Preliminary report on a parasite found in persons suffering from enlargement of the spleen in India - Number 8
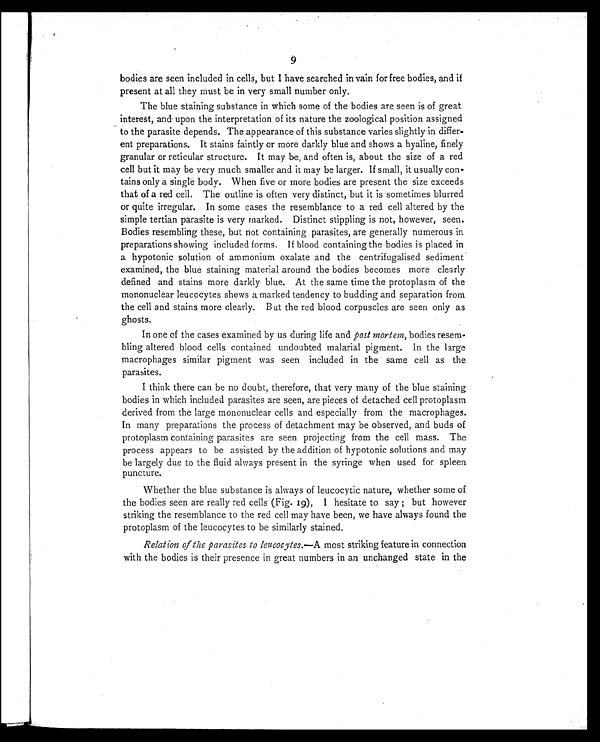
bodies are seen included in cells, but I have searched in vain for free bodies, and if
present at all they must be in very small number only.
The blue staining substance in which some of the bodies are seen is of great
interest, and upon the interpretation of its nature the zoological position assigned
to the parasite depends. The appearance of this substance varies slightly in differ-
ent preparations. It stains faintly or more darkly blue and shows a hyaline, finely
granular or reticular structure. It may be, and often is, about the size of a red
cell but it may be very much smaller and it may be larger. If small, it usually con-
tains only a single body. When five or more bodies are present the size exceeds
that of a red cell. The outline is often very distinct, but it is sometimes blurred
or quite irregular. In some cases the resemblance to a red cell altered by the
simple tertian parasite is very marked. Distinct stippling is not, however, seen.
Bodies resembling these, but not containing parasites, are generally numerous in
preparations showing included forms. If blood containing the bodies is placed in
a hypotonic solution of ammonium oxalate and the centrifugalised sediment
examined, the blue staining material around the bodies becomes more clearly
defined and stains more darkly blue. At the same time the protoplasm of the
mononuclear leucocytes shews a marked tendency to budding and separation from
the cell and stains more clearly. But the red blood corpuscles are seen only as
ghosts.
In one of the cases examined by us during life and post mortem, bodies resem-
bling altered blood cells contained undoubted malarial pigment. In the large
macrophages similar pigment was seen included in the same cell as the
parasites.
I think there can be no doubt, therefore, that very many of the blue staining
bodies in which included parasites are seen, are pieces of detached cell protoplasm
derived from the large mononuclear cells and especially from the macrophages.
In many preparations the process of detachment may be observed, and buds of
protoplasm containing parasites are seen projecting from the cell mass. The
process appears to be assisted by the addition of hypotonic solutions and may
be largely due to the fluid always present in the syringe when used for spleen
puncture.
Whether the blue substance is always of leucocytic nature, whether some of
the bodies seen are really red cells (Fig. 19), I hesitate to say ; but however
striking the resemblance to the red cell may have been, we have always found the
protoplasm of the leucocytes to be similarly stained.
Relation of the parasites to leucocytes.—A most striking feature in connection
with the bodies is their presence in great numbers in an unchanged state in the